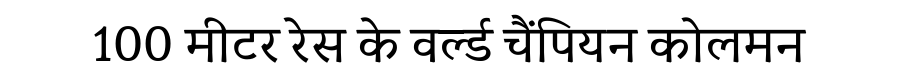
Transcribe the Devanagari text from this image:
100 मीटर रेस के वर्ल्ड चैंपियन कोलमन